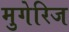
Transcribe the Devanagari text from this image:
मुगेरिज